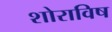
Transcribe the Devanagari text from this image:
शोराविष